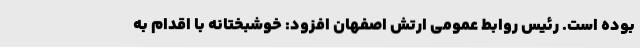
بوده است. رئیس روابط عمومی ارتش اصفهان افزود: خوشبختانه با اقدام به